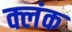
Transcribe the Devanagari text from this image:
क्लंक